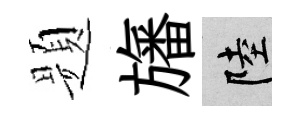
题旛陸